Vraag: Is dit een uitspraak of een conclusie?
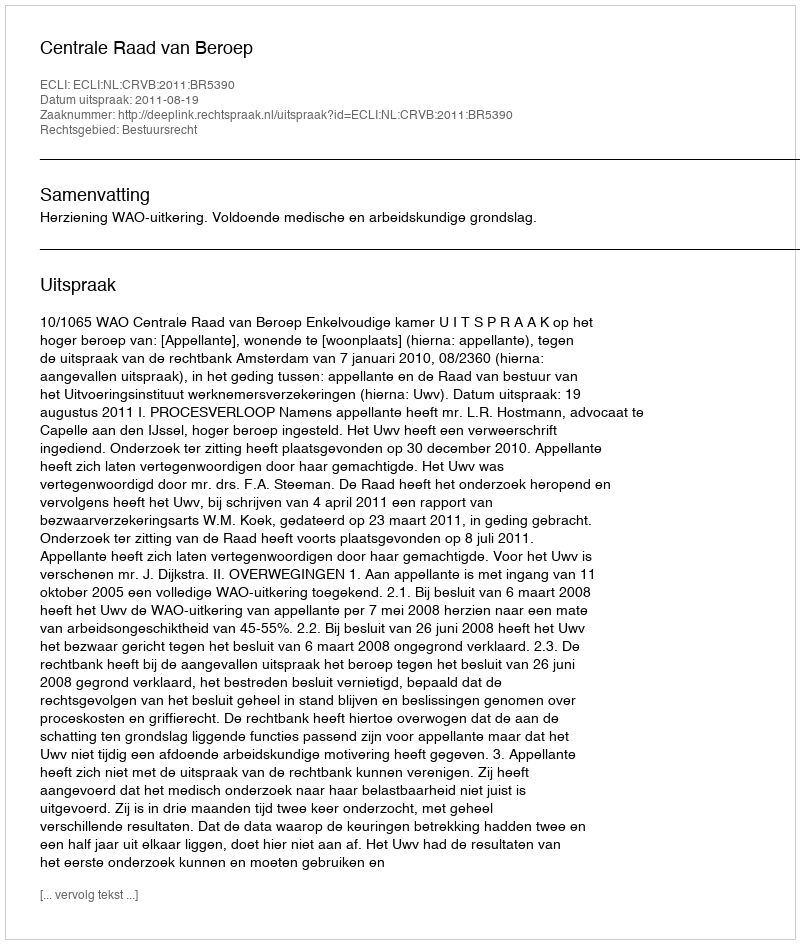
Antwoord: Uitspraak